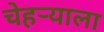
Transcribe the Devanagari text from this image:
चेहर्‍याला